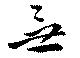
無